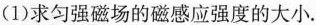
(1)求匀强磁场的磁感应强度的大小。